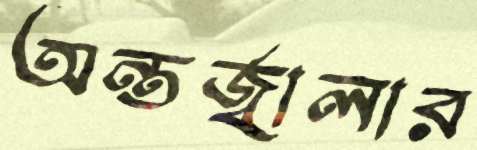
অন্তর্জ্বালার